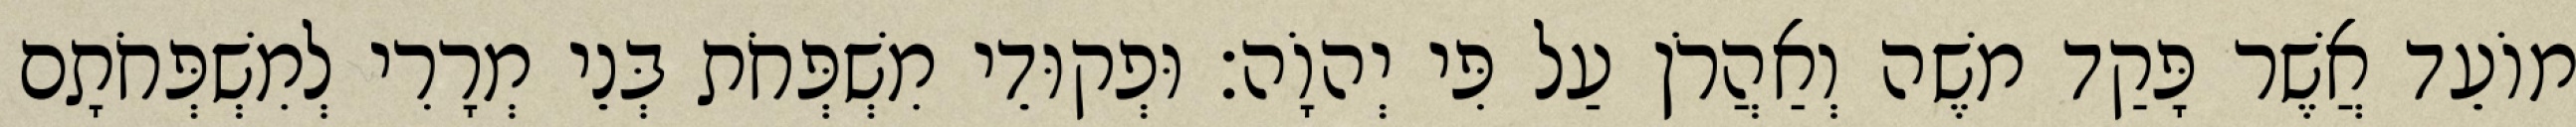
מוֹעֵד אֲשֶׁר פָּקַד משֶׁה וְאַהֲרֹן עַל פִּי יְהוָֹה׃ וּפְקוּדֵי מִשְׁפְּחֹת בְּנֵי מְרָרִי לְמִשְׁפְּחֹתָם